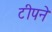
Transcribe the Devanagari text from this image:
टीपने